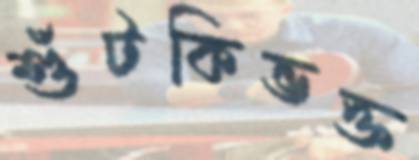
শুঁটকিভক্ত